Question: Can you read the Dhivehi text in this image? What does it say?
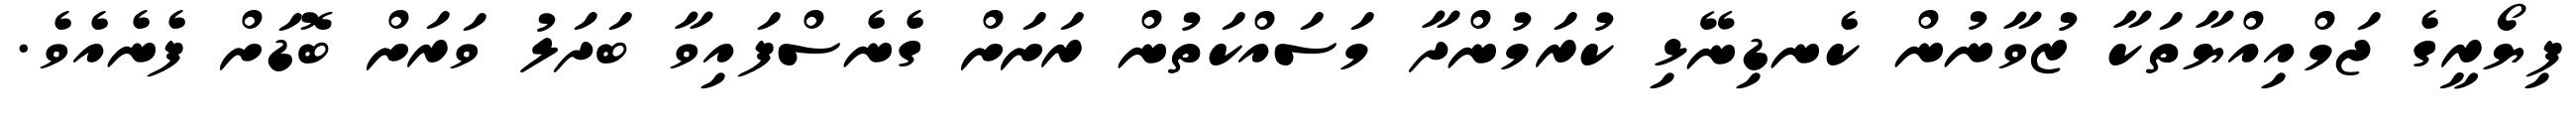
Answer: ފިޔޯރީގެ ޖަމްއިއްޔާތަކާ ޒުވާނުން ކެނޑިނޭޅި ކުރަމުންދާ މަސައްކަތުން ރަށަށް ގެނެސްފައިވާ ބަދަލު ވަރަށް ބޮޑަށް ފެނެއެވެ.